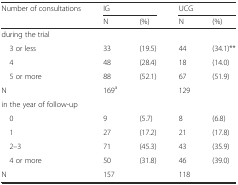
| Number of consultations | <COLSPAN=2> IG | <COLSPAN=2> UCG |
 |  | N | (%) | N | (%) |
 | --- | --- | --- | --- | --- |
 | during the trial |  |  |  |  |
 | 3 or less | 33 | (19.5) | 44 | (34.1)** |
 | 4 | 48 | (28.4) | 18 | (14.0) |
 | 5 or more | 88 | (52.1) | 67 | (51.9) |
 | N | 169a |  | 129 |  |
 | in the year of follow-up |  |  |  |  |
 | 0 | 9 | (5.7) | 8 | (6.8) |
 | 1 | 27 | (17.2) | 21 | (17.8) |
 | 2–3 | 71 | (45.3) | 43 | (35.9) |
 | 4 or more | 50 | (31.8) | 46 | (39.0) |
 | N | 157 |  | 118 |  |